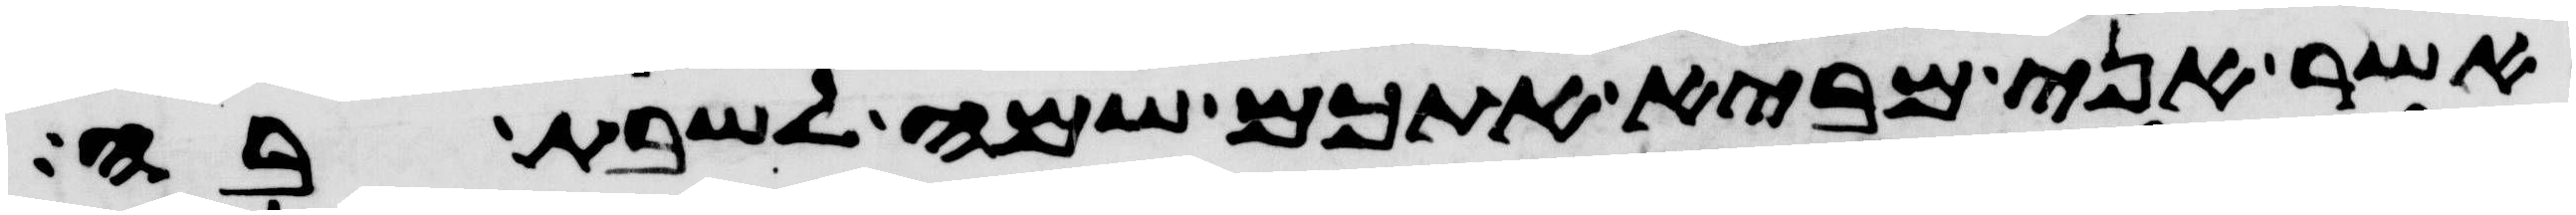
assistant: אשר אני מביא אתכם שמה לשבת בה